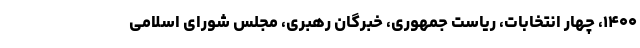
۱۴۰۰، چهار انتخابات، ریاست جمهوری، خبرگان رهبری، مجلس شورای اسلامی